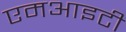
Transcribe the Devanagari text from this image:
एमआइटी